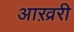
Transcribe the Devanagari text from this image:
आख़्ररी